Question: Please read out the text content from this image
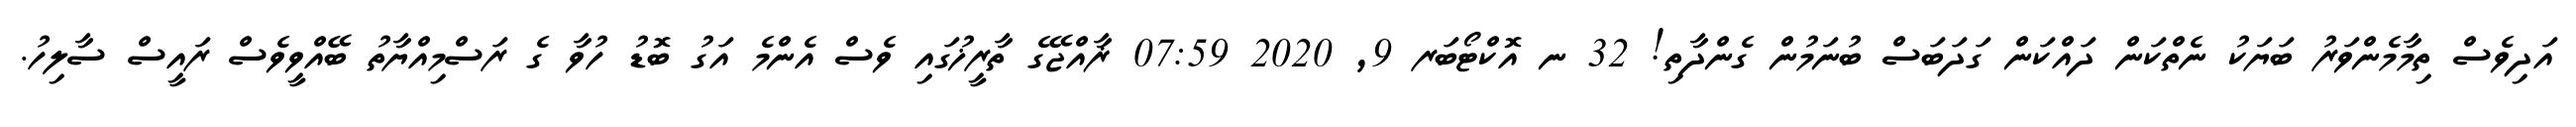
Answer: އަދިވެސް ތިމާމެންވަރު ބަޔަކު ނެތްކަން ދައްކަން ގަދަބަސް ބުނަމުން ގެންދާތި! 32 ނ އޮކްޓޯބަރ 9, 2020 07:59 ޜާއްޖޭގެ ތާރީޚުގައި ވެސް އެންމެ އަގު ބޮޑު ހުވާ ގެ ރަސްމިއްޔާތު ބޭއްވީވެސް ރައީސް ސާލިހު.